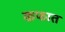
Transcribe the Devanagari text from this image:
कफात